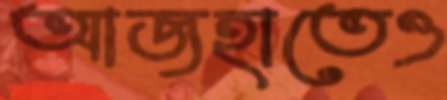
আজহাতেও